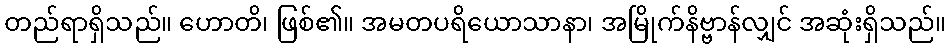
တည်ရာရှိသည်။ ဟောတိ၊ ဖြစ်၏။ အမတပရိယောသာနာ၊ အမြိုက်နိဗ္ဗာန်လျှင် အဆုံးရှိသည်။